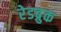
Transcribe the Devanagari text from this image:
रेडब्रुक